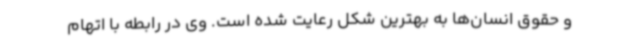
و حقوق انسان‌ها به بهترین شکل رعایت شده است. وی در رابطه با اتهام